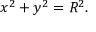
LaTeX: x ^ { 2 } + y ^ { 2 } = R ^ { 2 } .